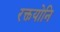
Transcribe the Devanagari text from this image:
रक्तयोनि